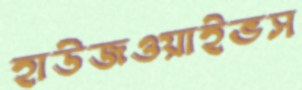
হাউজওয়াইভস